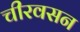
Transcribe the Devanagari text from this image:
चीरवसन